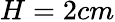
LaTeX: H=2cm